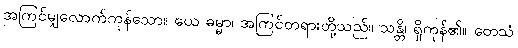
အကြင်မျှလောက်ကုန်သော။ ယေ ဓမ္မာ၊ အကြင်တရားတို့သည်။ သန္တိ၊ ရှိကုန်၏။ တေသံ